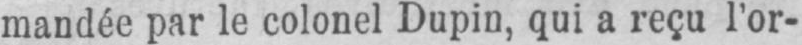
mandée par le colonel Dupin, qui a reçu l’or-